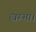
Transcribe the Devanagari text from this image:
खम्भा।